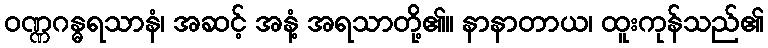
ဝဏ္ဏဂန္ဓရသာနံ၊ အဆင့် အနံ့ အရသာတို့၏။ နာနာတာယ၊ ထူးကုန်သည်၏